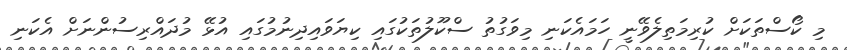
މި ކޯސްތަކަށް ކުރިމަތިލެވޭނީ ހަމައެކަނި މިވަގުތު ސްކޫލުތަކުގައި ކިޔަވައިދިނުމުގައި އުޅޭ މުދައްރިސުންނަށް އެކަނި